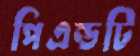
পিএন্ডটি